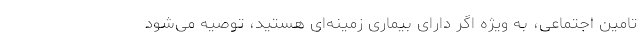
تامین اجتماعی، به ویژه اگر دارای بیماری زمینه‌ای هستید، توصیه می‌شود